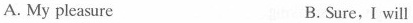
A. My pleasure B. Sure,I will